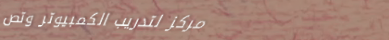
مركز لتدريب الكمبيوتر وتص